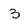
Character: 3